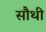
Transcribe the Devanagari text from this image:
सौथी